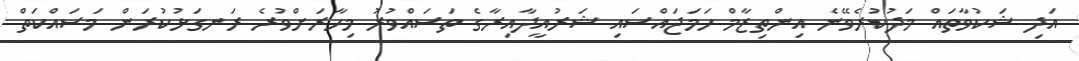
އަދި ޝަކުވާތައް މަދުކުރެވޭނެ އިންތިޒާމް ހަމަޖައްސައި ޝަރުއީދާއިރާގެ ތަސައްވުރު މިހާރަށްވުރެ ރަނގަޅުކުރަން މަސައްކަތް